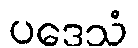
ပဒေသံ